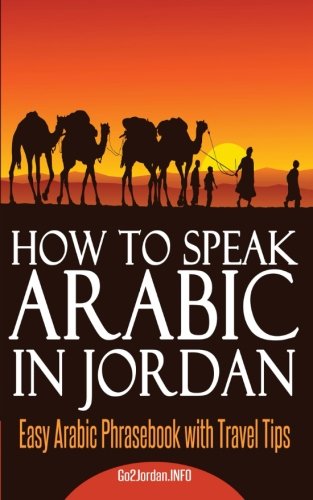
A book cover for How to Speak Arabic In Jordan: Easy Arabic Phrasebook with Travel Tips; Eszter Papai; Travel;